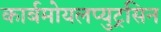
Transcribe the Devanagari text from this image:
कार्बमोयलप्युट्रसिन